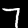
Digit: 7